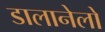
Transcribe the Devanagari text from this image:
डालानेलो